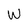
Character: W